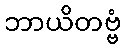
ဘာယိတဗ္ဗံ